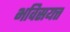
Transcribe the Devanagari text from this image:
भविसयत्त